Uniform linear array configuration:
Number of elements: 24
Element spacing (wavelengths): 1
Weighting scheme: hann
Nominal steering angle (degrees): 15
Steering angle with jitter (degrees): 16.061
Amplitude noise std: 0.05
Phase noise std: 0.05

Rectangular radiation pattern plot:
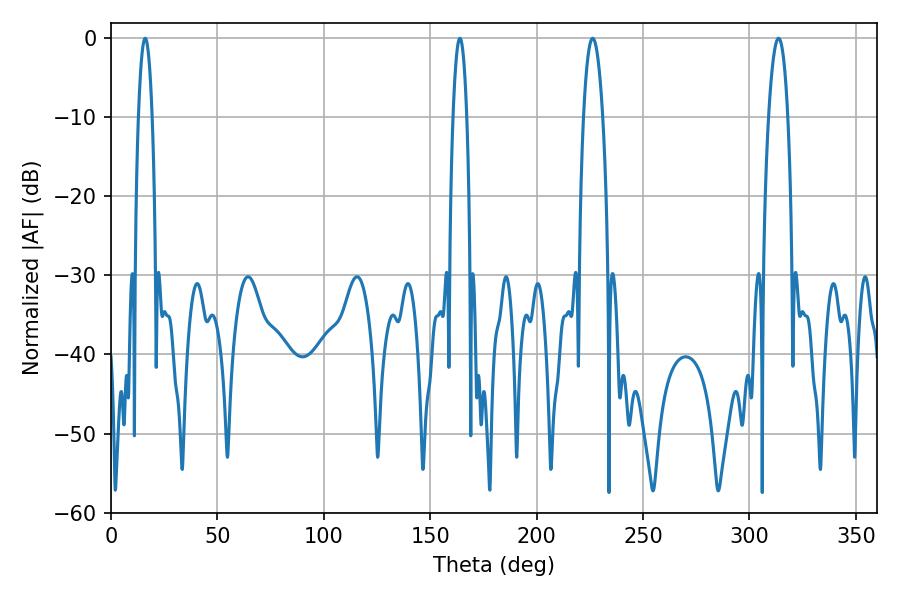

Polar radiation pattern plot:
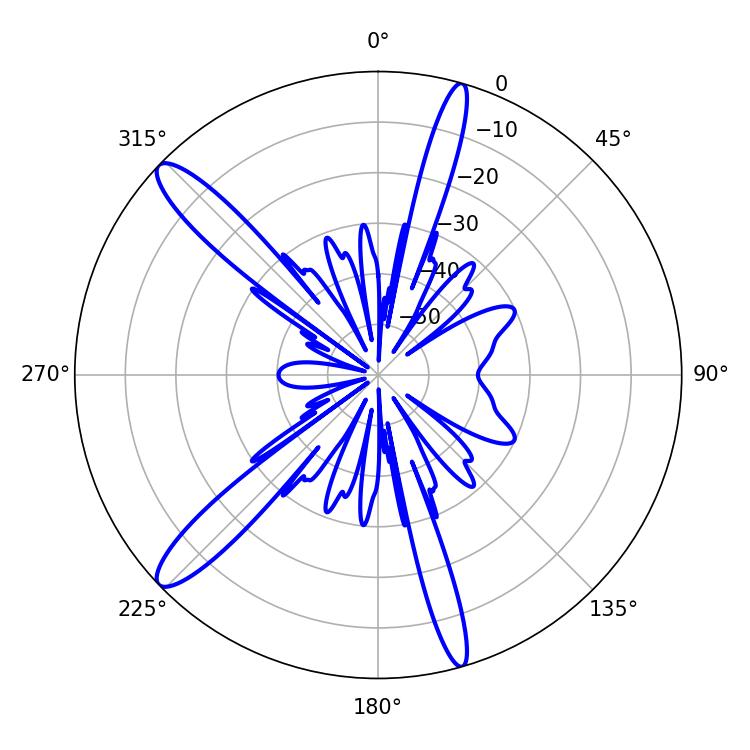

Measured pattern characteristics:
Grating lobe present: TRUE
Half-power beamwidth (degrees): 3.6
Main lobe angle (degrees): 16.02